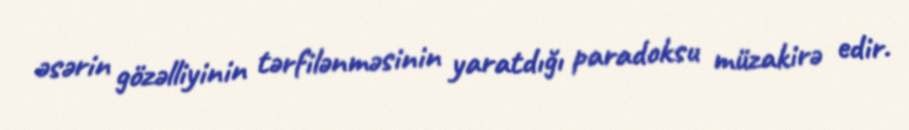
əsərin gözəlliyinin tərfilənməsinin yaratdığı paradoksu müzakirə edir.